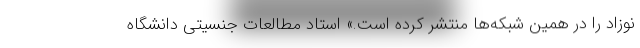
نوزاد را در همین شبکه‌ها منتشر کرده است.» استاد مطالعات جنسیتی دانشگاه